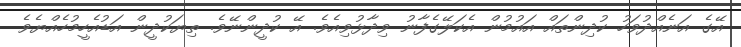
އޭގެ އަނެއްދުވަހު ކުދިންތައް އައުމުން އެކަލޭގެފާނު ވިދާޅުވިއެވެ. އޭ ކުދީންނޭވެ. ތިޔަކުދީން އަޑުއެހީމުހެއްޔެވެ